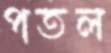
পতল